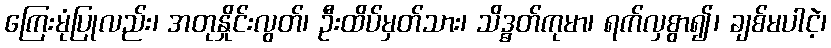
ကြေးမုံပြုလည်း၊ အတုနှိုင်းလွတ်၊ ဦးထိပ်မှတ်သား၊ သိဒ္ဓတ်ကုမာ၊ ရက်လှစွာ၍၊ ချစ်မပါငဲ့၊